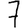
Digit: 7